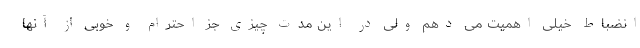
انضباط خیلی اهمیت می دهم ولی در این مدت چیزی جز احترام و خوبی از آنها